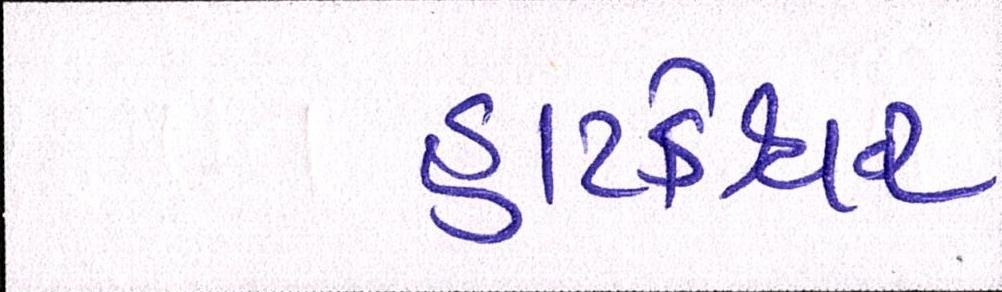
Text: હાટકેશ્વર